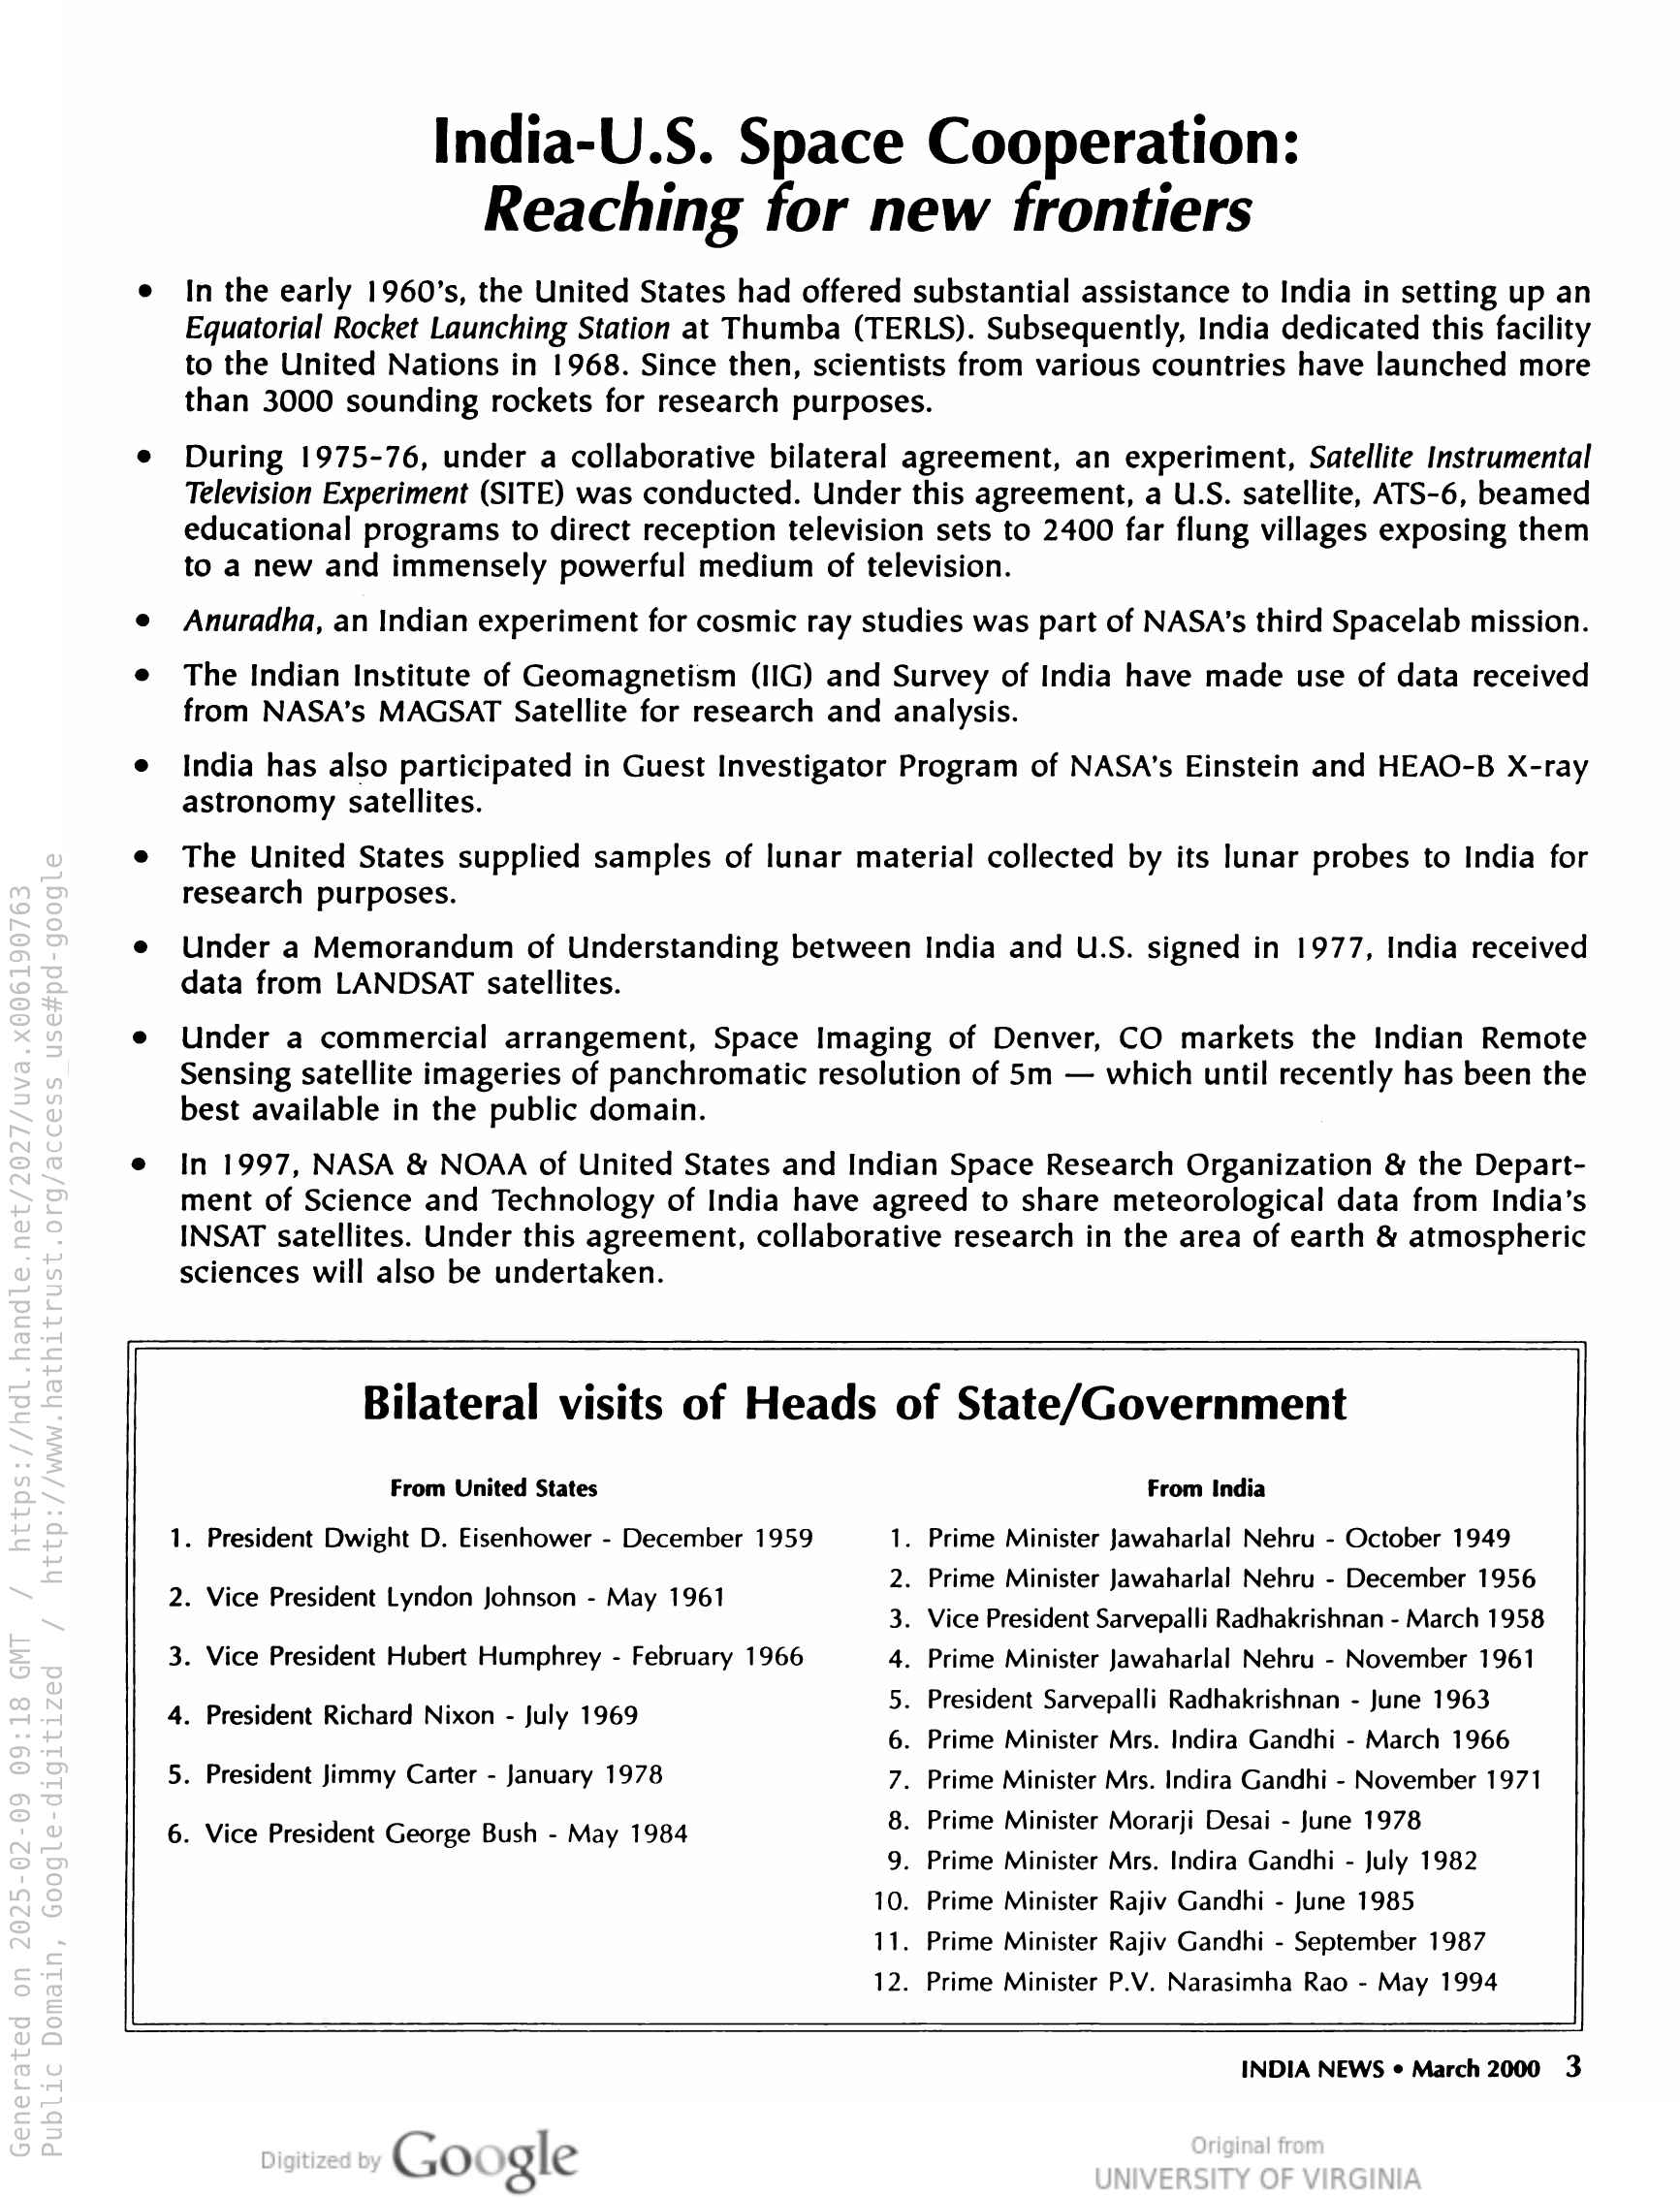
India-U.S. Space Cooperation:
Reaching for new frontiers

In the early 1960’s, the United States had offered substantial assistance to India in setting up an
Equatorial Rocket Launching Station at Thumba (TERLS). Subsequently, India dedicated this facility
to the United Nations in 1968. Since then, scientists from various countries have launched more
than 3000 sounding rockets for research purposes.

During 1975-76, under a collaborative bilateral agreement, an experiment, Satellite Instrumental
Television Experiment (SITE) was conducted. Under this agreement, a U.S. satellite, ATS-6, beamed
educational programs to direct reception television sets to 2400 far flung villages exposing them
to a new and immensely powerful medium of television.

Anuradha, an Indian experiment for cosmic ray studies was part of NASA's third Spacelab mission.

The Indian Institute of Geomagnetism (IIG) and Survey of India have made use of data received
from NASA’s MAGSAT Satellite for research and analysis.

India has also participated in Guest Investigator Program of NASA’s Einstein and HEAO-B X-ray
astronomy satellites.

The United States supplied samples of lunar material collected by its lunar probes to India for
research purposes.

Under a Memorandum of Understanding between India and U.S. signed in 1977, India received
data from LANDSAT satellites.

Under a commercial arrangement, Space Imaging of Denver, CO markets the Indian Remote
Sensing satellite imageries of panchromatic resolution of 5m — which until recently has been the
best available in the public domain.

In 1997, NASA & NOAA of United States and Indian Space Research Organization & the Depart-
ment of Science and Technology of India have agreed to share meteorological data from India’s
INSAT satellites. Under this agreement, collaborative research in the area of earth & atmospheric
sciences will also be undertaken.

Bilateral visits of Heads of State/Government

From United States From India

. Prime Minister Jawaharlal Nehru - October 1949

. Prime Minister Jawaharlal Nehru - December 1956
. Vice President Sarvepalli Radhakrishnan - March 1958
. Prime Minister Jawaharlal Nehru - November 1961

1. President Dwight D. Eisenhower - December 1959 1
2
3
4
5. President Sarvepalli Radhakrishnan - June 1963
6
7
8

2. Vice President Lyndon Johnson - May 1961
3. Vice President Hubert Humphrey - February 1966

4. President Richard Nixon - July 1969
. Prime Minister Mrs. Indira Gandhi - March 1966
. Prime Minister Mrs. Indira Gandhi - November 1971
. Prime Minister Morarji Desai - June 1978

9. Prime Minister Mrs. Indira Gandhi - July 1982

10. Prime Minister Rajiv Gandhi - June 1985

11. Prime Minister Rajiv Gandhi - September 1987

12. Prime Minister P.V. Narasimha Rao - May 1994

5. President Jimmy Carter - January 1978

6. Vice President George Bush - May 1984

INDIA NEWS ¢ March 2000 3

Google